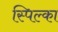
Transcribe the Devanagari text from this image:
स्पिल्का